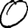
Digit: 0